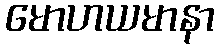
မောဟယမာနာ